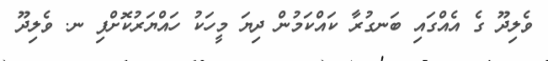
ވެލިދޫ ގެ އެއްގައި ބަނގުރާ ކައްކަމުން ދިޔަ މީހަކު ހައްޔަރުކޮށްފި ނ. ވެލިދޫ